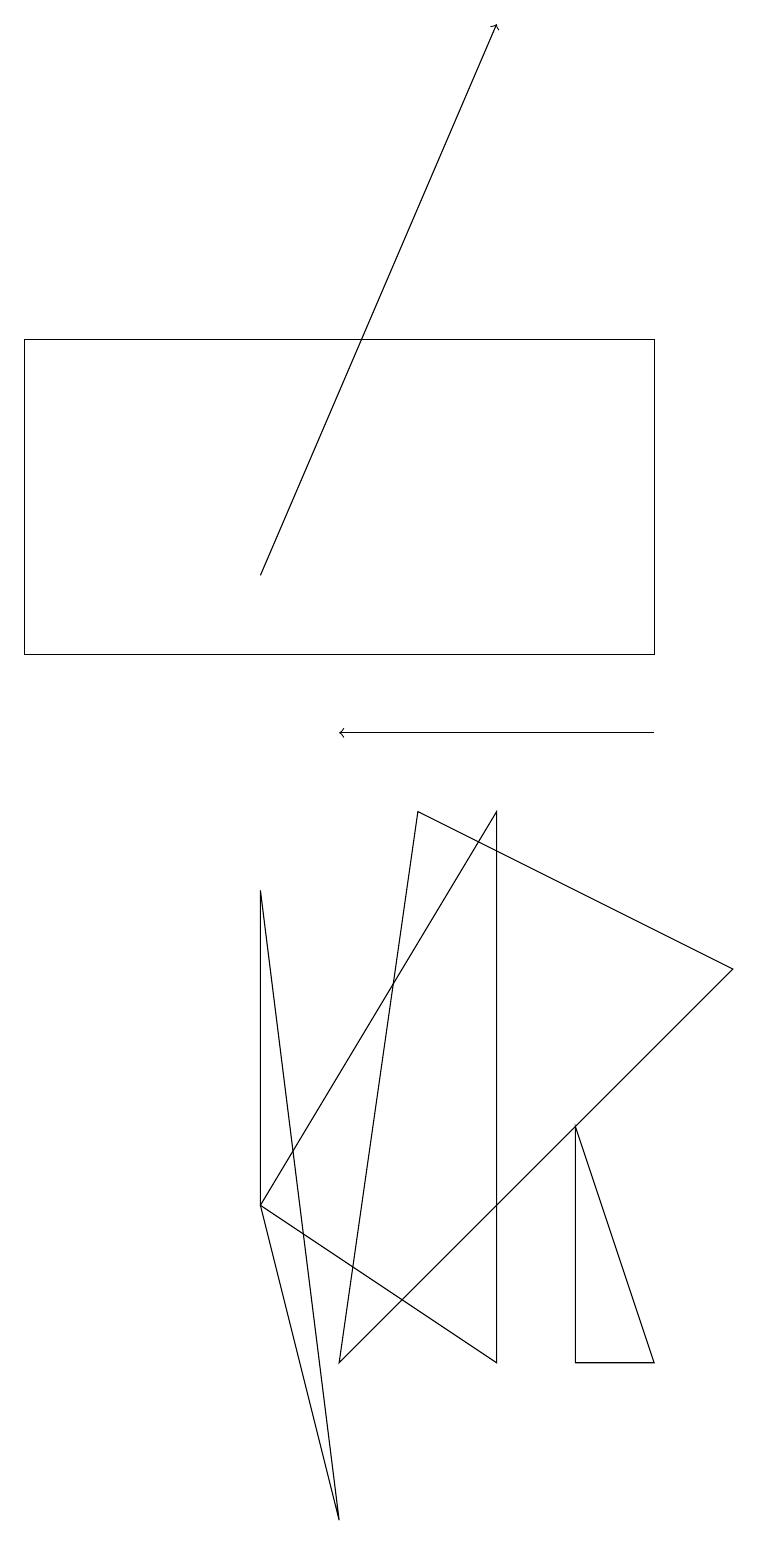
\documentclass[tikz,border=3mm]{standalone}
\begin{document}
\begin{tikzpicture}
\draw[->] (8,10) -- (4,10);
\draw (9,7) -- (4,2) -- (5,9) -- cycle;
\draw (0,15) rectangle (8,11);
\draw (3,4) -- (6,9) -- (6,2) -- cycle;
\draw (7,5) -- (7,2) -- (8,2) -- cycle;
\draw (4,0) -- (3,4) -- (3,8) -- cycle;
\draw[->] (3,12) -- (6,19);
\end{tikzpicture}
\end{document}